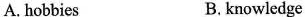
A.hobbies B.knowledge